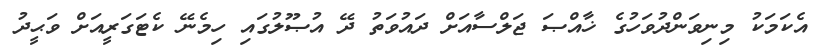
އެކަމަކު މިނިވަންދުވަހުގެ ޚާއްޞަ ޖަލްސާއަށް ދައުވަތު ދޭ އުޞޫލުގައި ހިމެނޭ ކެޓަގަރީއަށް ވަޙީދު